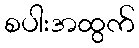
စပါးအထွက်